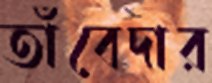
তাঁবেদার